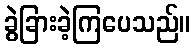
ခွဲခြားခဲ့ကြပေသည်။